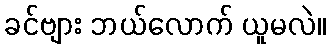
ခင်ဗျား ဘယ်လောက် ယူမလဲ။